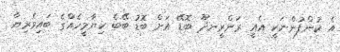
އެ ކުންފުންނަކީ އެއީ ރަންރީނދޫ ބޮޑޭ އަށް ބޮޑު ބޭބެ ކިޔާމީހެއްގެ ބައިވެރިޔާ